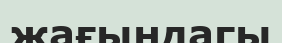
жағындагы